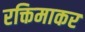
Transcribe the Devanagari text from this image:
रक्तिमाकर